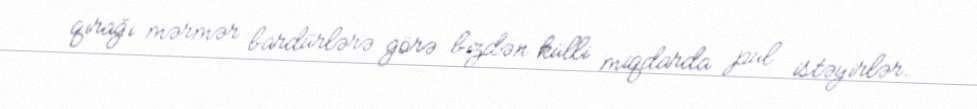
qırağı mərmər bardürlərə görə bizdən külli miqdarda pul istəyirlər.